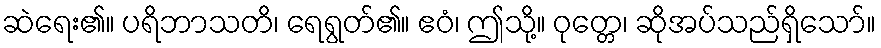
ဆဲရေး၏။ ပရိဘာသတိ၊ ရေရွတ်၏။ ဧဝံ၊ ဤသို့။ ဝုတ္တေ၊ ဆိုအပ်သည်ရှိသော်။